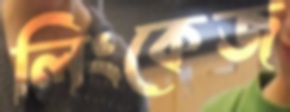
লিংকেজ